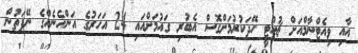
އާއި ވިއެޓްނާމްއަށް ޗުއްޓީ ހޭދަކުރުމަށްގޮސް އެބުރި ގައުމަށްއައި 24 އަހަރުގެ އަންހެނެއްގެ ނޭފަތުން